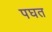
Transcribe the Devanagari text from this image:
पघत